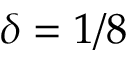
\delta = 1 / 8